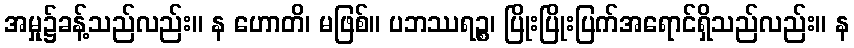
အမှု၌ခန့်သည်လည်း။ န ဟောတိ၊ မဖြစ်။ ပဘဿရဉ္စ၊ ပြိုးပြိုးပြက်အရောင်ရှိသည်လည်း။ န